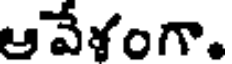
ఆవేళంగా.